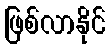
ဖြစ်လာနိုင်